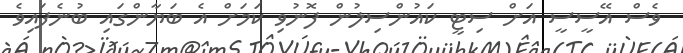
ވެސް އޭސީސީ އަށް ސިޓީ ކައުންސިލުން ފޮނުވި ކަމަށް އެ ބަޔާންގައި ބުނެފައިވެ